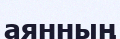
аянның